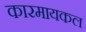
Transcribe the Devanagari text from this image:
कारमायकल